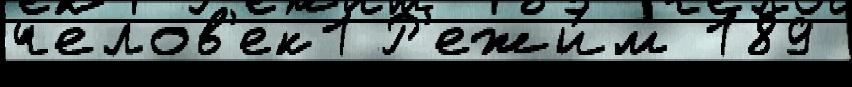
челов'ек1 Р'ежи́м 189